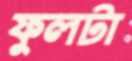
ফুলটা